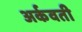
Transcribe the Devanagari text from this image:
अर्कवती